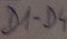
Text: D1-D4